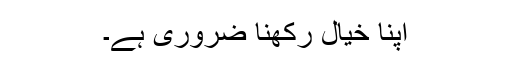
اپنا خیال رکھنا ضروری ہے۔